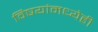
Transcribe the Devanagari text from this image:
विषयांमध्येही